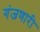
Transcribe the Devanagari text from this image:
गंजणारी